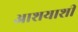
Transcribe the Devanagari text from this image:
आशयाशी